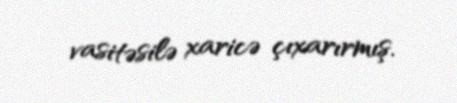
vasitəsilə xaricə çıxarırmış.